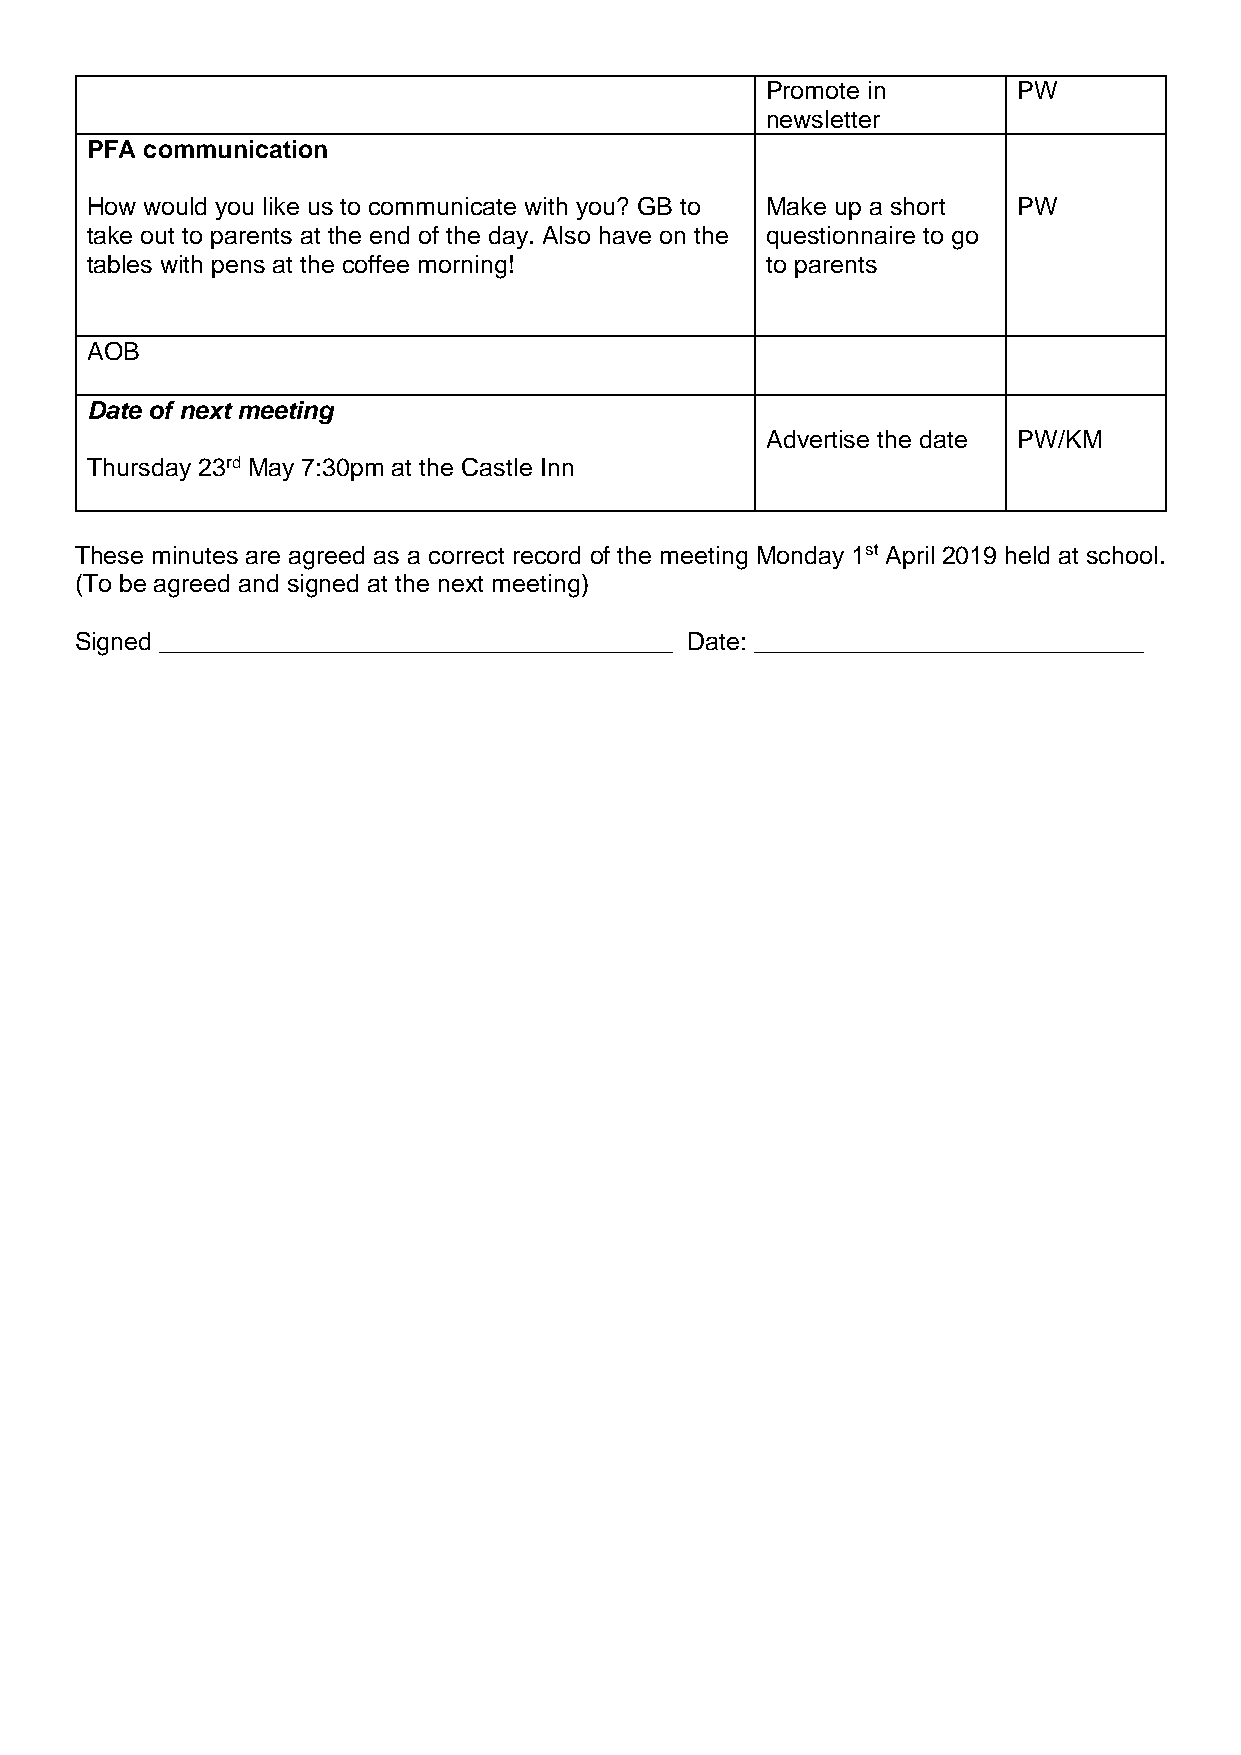
Promote in      PW
 newsletter
 PFA communication
 How would you like us to communicate with you? GB to Make up a short PW
 take out to parents at the end of the day. Also have on the questionnaire to go
 tables with pens at the coffee morning!      to parents
 AOB
 Date of next meeting
 Advertise the date PW/KM
 Thursday 23rd May 7:30pm at the Castle Inn
 These minutes are agreed as a correct record of the meeting Monday 1st April 2019 held at school.
 (To be agreed and signed at the next meeting)
 Signed _____________________________________ Date: ____________________________